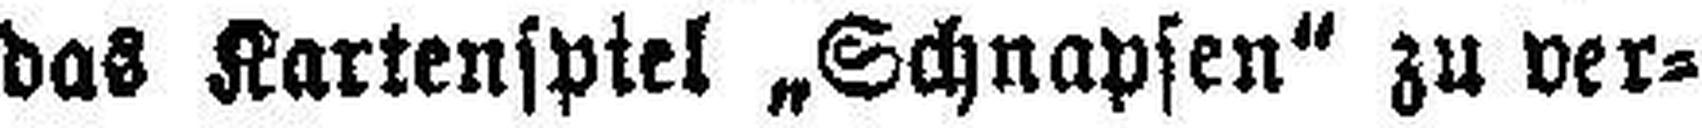
das Kartenspiel „Schnapsen" zu ver¬